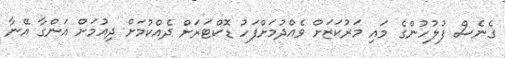
ގެެނެސް ފުލުހުންގެ މައި މަރުކަޒަށް ވެއްދުމަށްފަހު ޑޮކްޓަރަށް ދެއްކުމަށް ދިއުމަށް އަންގާ އޭނާ